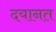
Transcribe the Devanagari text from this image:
दयानत